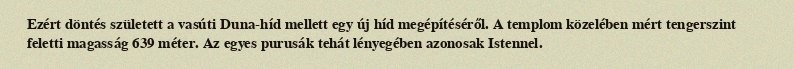
Ezért döntés született a vasúti Duna-híd mellett egy új híd megépítéséről. A templom közelében mért tengerszint feletti magasság 639 méter. Az egyes purusák tehát lényegében azonosak Istennel.